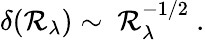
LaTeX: \delta(\mathcal{R}_{\lambda})\sim\ \mathcal{R}_{\lambda}^{-1/2}\ .